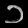
Digit: ၁